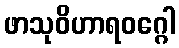
ဖာသုဝိဟာရဝဂ္ဂေါ